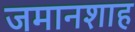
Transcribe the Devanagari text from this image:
जमानशाह